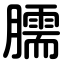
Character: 臑